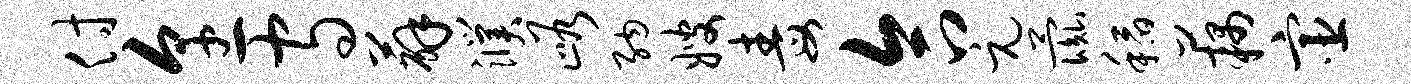
付烹守薜濮峪纳嫂毒合元彘稻藕宦